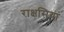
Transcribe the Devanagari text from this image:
राक्षसियां